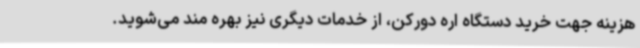
هزینه جهت خرید دستگاه اره دورکن، از خدمات دیگری نیز بهره مند می‌شوید.